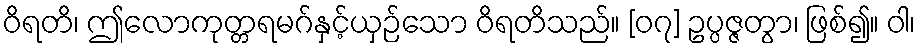
ဝိရတိ၊ ဤလောကုတ္တရမဂ်နှင့်ယှဉ်သော ဝိရတိသည်။ [၀၇] ဥပ္ပဇ္ဇတွာ၊ ဖြစ်၍။ ဝါ၊